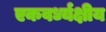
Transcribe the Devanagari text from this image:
एकवर्ध्यक्षीय